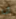
أنا